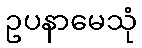
ဥပနာမေသုံ